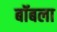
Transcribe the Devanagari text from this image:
बॉबला